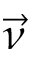
\vec { \nu }